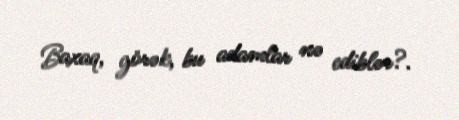
Baxaq, görək, bu adamlar nə ediblər?.